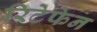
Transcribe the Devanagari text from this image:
रिटेफेन